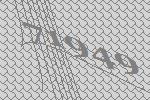
71949